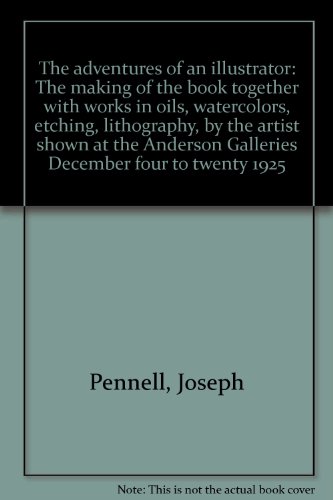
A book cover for The adventures of an illustrator: The making of the book together with works in oils, watercolors, etching, lithography, by the artist shown at the Anderson Galleries December four to twenty 1925; Joseph Pennell; Arts & Photography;